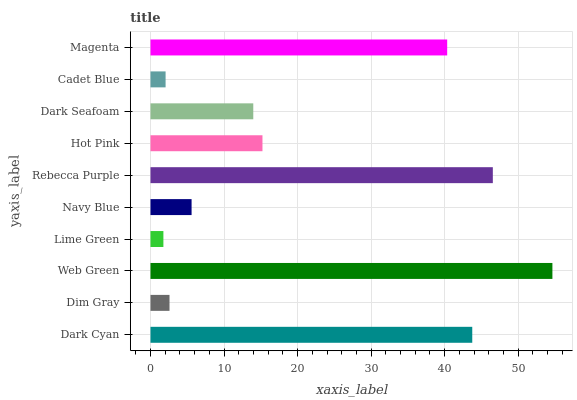
| yaxis_label | bars |
 | --- | --- |
 | Dark Cyan | 43.7 |
 | Dim Gray | 2.59 |
 | Web Green | 54.6 |
 | Lime Green | 1.75 |
 | Navy Blue | 5.59 |
 | Rebecca Purple | 46.5 |
 | Hot Pink | 15.2 |
 | Dark Seafoam | 14 |
 | Cadet Blue | 2.05 |
 | Magenta | 40.3 |